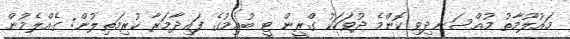
މައުލޫމާތު މުއްސަނދިވި ކޮންމެ ދުވަހަކު ގްރީން ޓީ ބުއިމުގެ ފައިދާމަރާ ކުރިމަތިލުން: ގެއްލެމުން